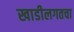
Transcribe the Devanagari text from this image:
खाडीलगतचा